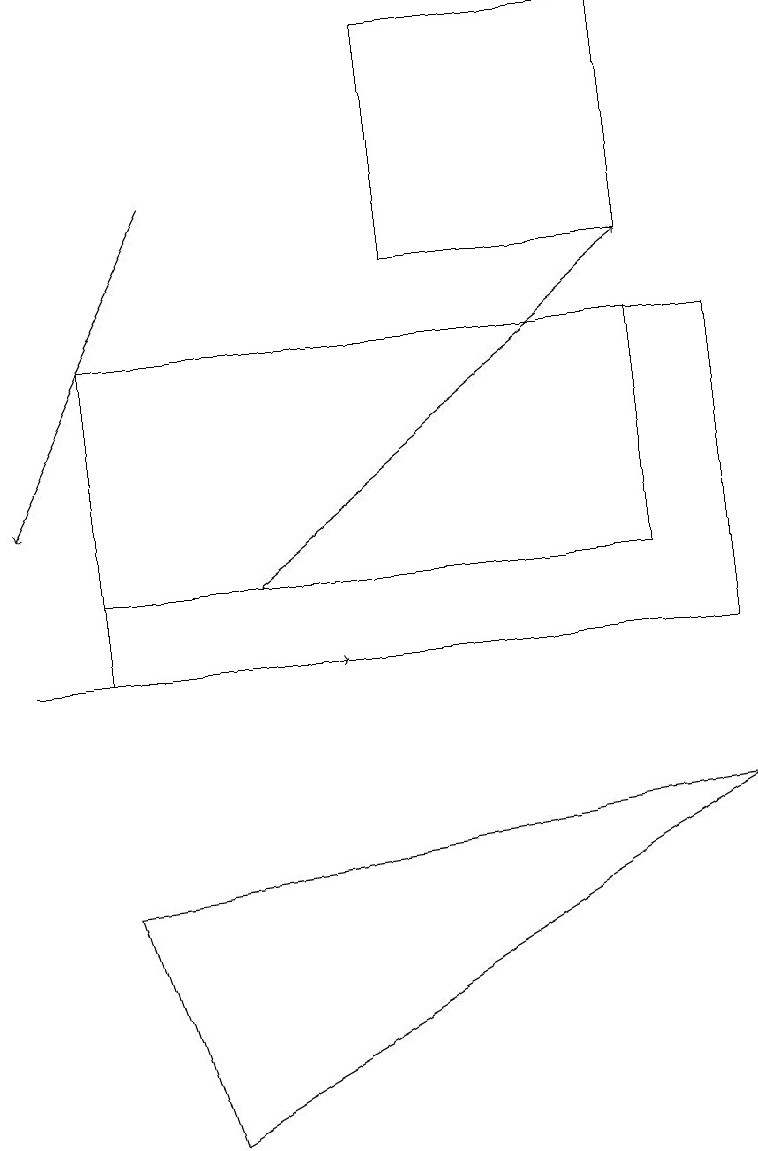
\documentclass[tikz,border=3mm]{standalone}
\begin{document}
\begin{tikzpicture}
\draw[->] (0,11) -- (4,11);
\draw[->] (2,17) -- (0,13);
\draw (1,8) -- (9,9) -- (2,5) -- cycle;
\draw (8,12) rectangle (1,15);
\draw[->] (3,12) -- (8,16);
\draw (8,16) rectangle (5,19);
\draw (1,11) rectangle (9,15);
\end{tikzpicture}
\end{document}